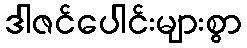
ဒါဇင်ပေါင်းများစွာ